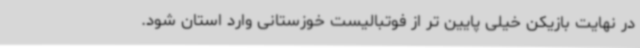
در نهایت بازیکن خیلی پایین تر از فوتبالیست خوزستانی وارد استان شود.